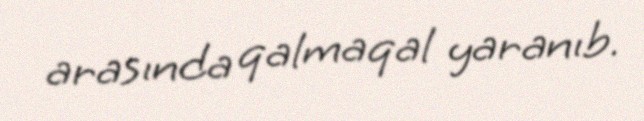
arasında qalmaqal yaranıb.